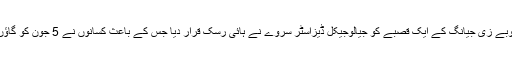
چینی نیوز ایجنسی زنہوا کے مطابق چینی صوبے زی جیانگ کے ایک قصبے کو جیالوجیکل ڈیزاسٹر سروے نے ہائی رسک قرار دیا جس کے باعث کسانوں نے 5 جون کو گاؤں کے ایک پرانے گھر کو گرانے کا ارادہ کیا۔